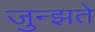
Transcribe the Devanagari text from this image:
जुन्झते